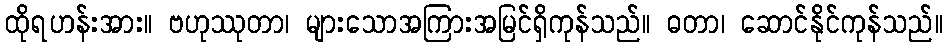
ထိုရဟန်းအား။ ဗဟုဿုတာ၊ များသောအကြားအမြင်ရှိကုန်သည်။ ဓတာ၊ ဆောင်နိုင်ကုန်သည်။